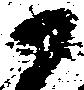
尉